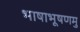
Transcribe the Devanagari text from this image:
भाषाभूषणमु